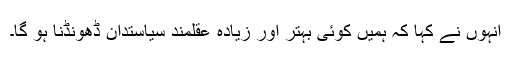
انہوں نے کہا کہ ہمیں کوئی بہتر اور زیادہ عقلمند سیاستدان ڈھونڈنا ہو گا۔